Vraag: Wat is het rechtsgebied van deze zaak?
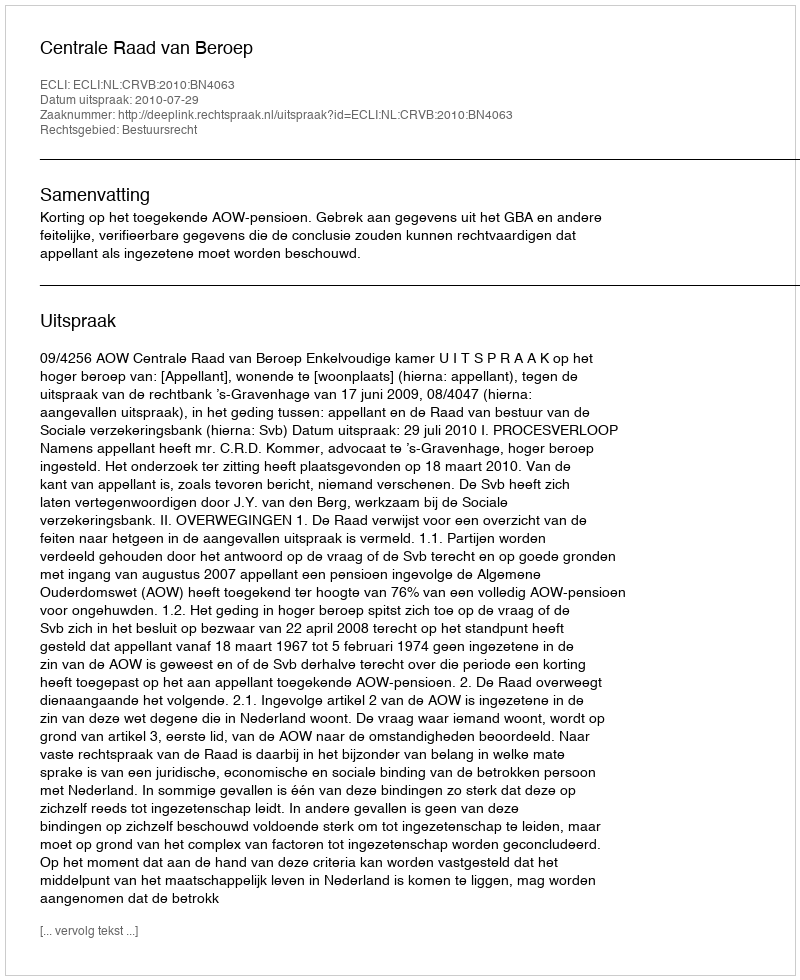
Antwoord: Bestuursrecht